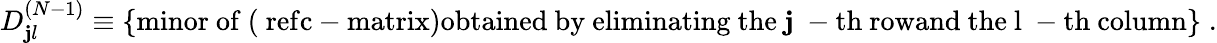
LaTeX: D_{\mathbf{j}l}^{(N-1)}\equiv\left\{ \mathrm{{minor~of~(\ ref{c-matrix})obtained~by~eliminating~the~\mathbf{j}~-th~rowand~the~l~-th~column}}\right\} \; .